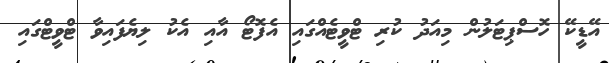
އޭޑީކޭ ހޮސްޕިޓަލުން މިއަދު ކުރި ޓްވީޓެއްގައި އެފޮޓޯ އާއި އެކު ލިޔެފައިވާ ޓްވީޓްގައި